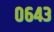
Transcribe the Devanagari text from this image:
०६४३